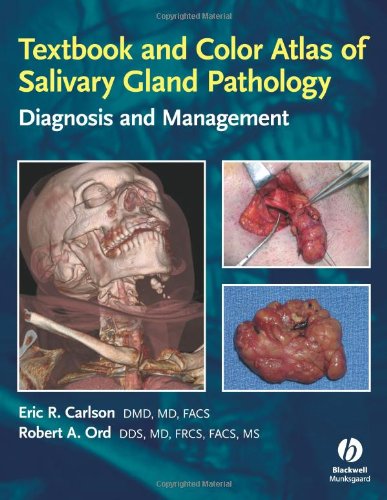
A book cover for Textbook and Color Atlas of Salivary Gland Pathology: Diagnosis and Management; Eric Carlson; Medical Books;